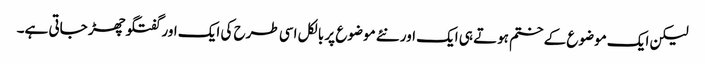
لیکن ایک موضوع کے ختم ہوتے ہی ایک اور نئے موضوع پر بالکل اسی طرح کی ایک اور گفتگو چھڑ جاتی ہے۔